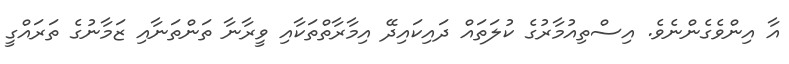
އާ އިންވެގެންނެވެ. އިސްތިއުމާރުގެ ކުލަތައް ދައިކައިދޭ އިމާރާތްތަކާއި ވީރާނާ ތަންތަނާއި ޒަމާނުގެ ތަރައްގީ